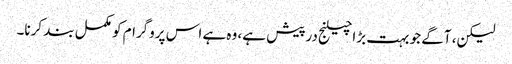
لیکن، آگے جو بہت بڑا چیلنج درپیش ہے، وہ ہے اس پروگرام کو مکمل بند کرنا۔